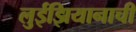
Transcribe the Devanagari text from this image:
लुईझियानाची